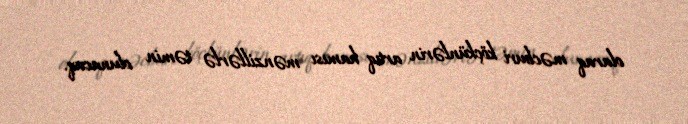
olaraq məcburi köçkünlərin artıq hamısı mənzillərlə təmin olunacaq.